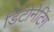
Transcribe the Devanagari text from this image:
डिटोनेटिंग